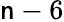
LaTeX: \mathsf{n}-6